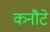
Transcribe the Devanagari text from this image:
कनौटे